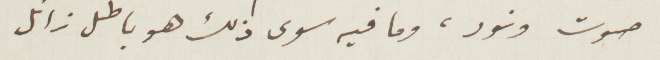
صوت ونور، وما فيه سوى ذلك هو باطل زائل